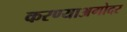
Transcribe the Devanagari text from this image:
करण्याअगोदर